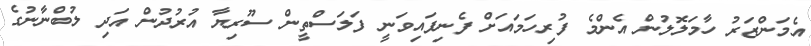
އެމަންޒަރު ހާމަލޮލުން އެންމެ ފުރިހަމައަށް ފެނިފައިވަނީ ފަލަސްތީން ސޫރިޔާ އުރުދުން އަދި ލުބްނާނުގެ